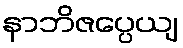
နာဘိဇပ္ပေယျ